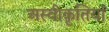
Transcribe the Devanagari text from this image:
अस्वीकृतियाँ